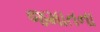
જમાતના